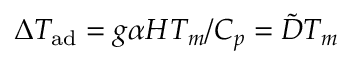
\Delta T _ { \mathrm { { a d } } } = g \alpha H T _ { m } / C _ { p } = \tilde { D } T _ { m }